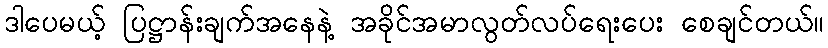
ဒါပေမယ့် ပြဋ္ဌာန်းချက်အနေနဲ့ အခိုင်အမာလွတ်လပ်ရေးပေး စေချင်တယ်။